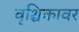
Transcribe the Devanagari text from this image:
वृश्चिकावर